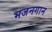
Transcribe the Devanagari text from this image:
भजनगान